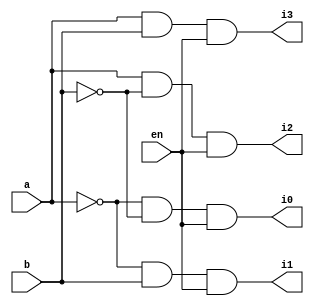
module decoder24(a,b,en,i0,i1,i2,i3);
input a,b,en;
output i0,i1,i2,i3;

wire na,nb;
assign na= ~a;
assign nb= ~b;


assign i0 = na&nb&en;
assign i1 = na&b&en;
assign i2 = a&nb&en;
assign i3 = a&b&en;

endmodule